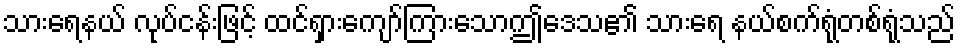
သားရေနယ် လုပ်ငန်းဖြင့် ထင်ရှားကျော်ကြားသောဤဒေသ၏ သားရေ နယ်စက်ရုံတစ်ရုံသည်